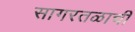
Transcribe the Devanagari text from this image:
सागरतळाची